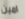
امين